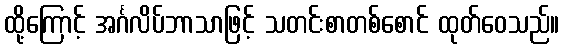
ထို့ကြောင့် အင်္ဂလိပ်ဘာသာဖြင့် သတင်းစာတစ်စောင် ထုတ်ဝေသည်။